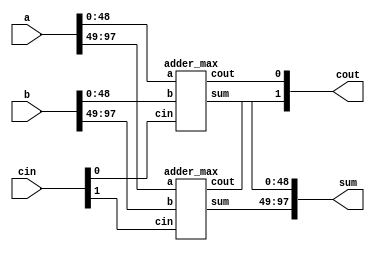
//Wrapper Design


module wrapper_adder_columns(cout,sum,a,b,cin);
parameter size = 49;  /* declare a parameter. default required */
input [size*2-1:0]a,b;
output [size*2-1:0]sum;
input [1:0]cin;
output [1:0]cout;

adder_max ad1(.a(a[size-1:0]),.b(b[size-1:0]),.cin(cin[0]),.sum(sum[size-1:0]),.cout(cout[0]));
adder_max ad2(.a(a[size*2-1:size]),.b(b[size*2-1:size]),.cin(cin[1]),.sum(sum[size*2-1:size]),.cout(cout[1]));

endmodule



module adder_max #(parameter size = 49)(cout, sum, a, b, cin);
output cout;
output [size-1:0] sum; 	 // sum uses the size parameter
input cin;
input [size-1:0] a, b;  // 'a' and 'b' use the size parameter

assign {cout, sum} = a + b + cin;

endmodule